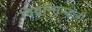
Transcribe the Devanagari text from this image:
विद्वान्मण्डली